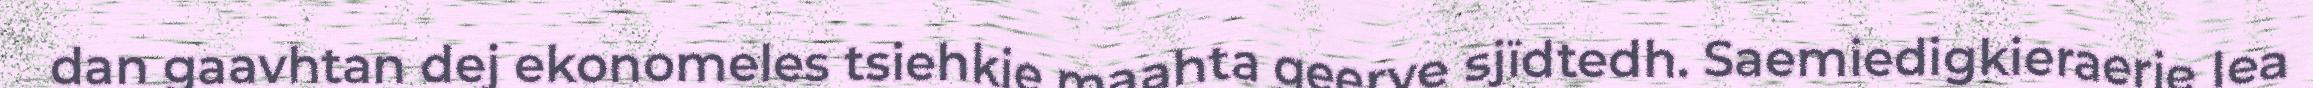
dan gaavhtan dej ekonomeles tsiehkie maahta geerve sjïdtedh. Saemiedigkieraerie lea